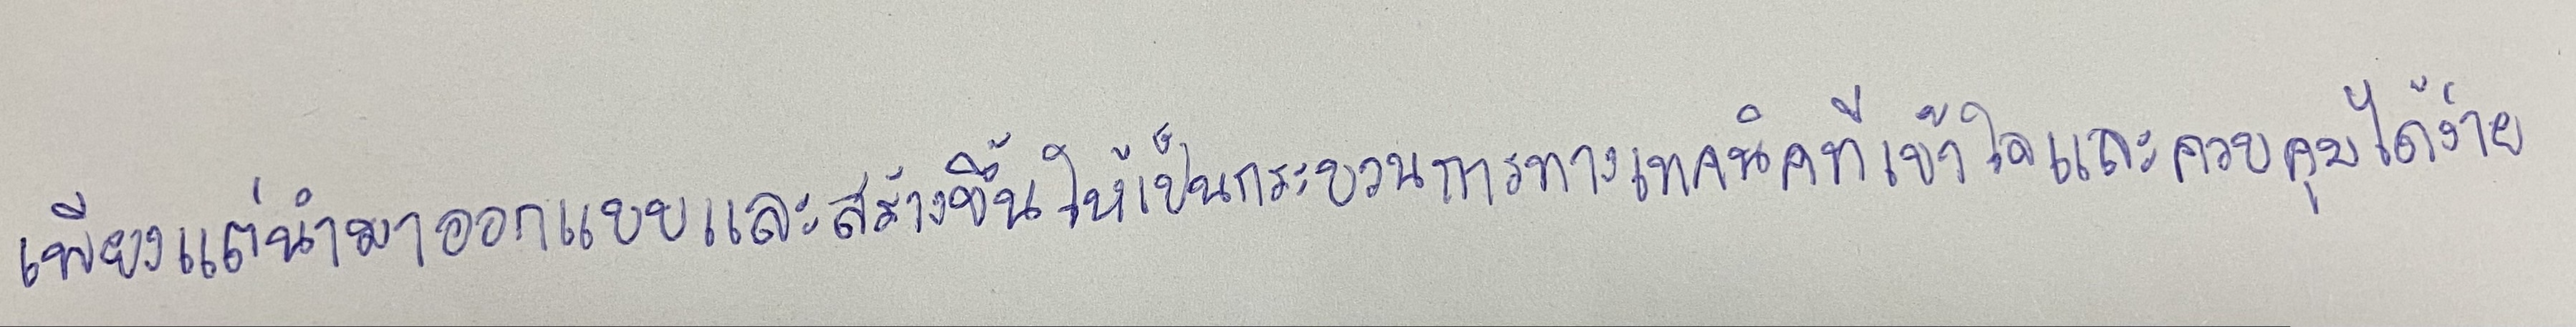
เพียงแต่นำมาออกแบบและสร้างขึ้นให้เป็นกระบวนการทางเทคนิคที่เข้าใจและควบคุมได้ง่าย